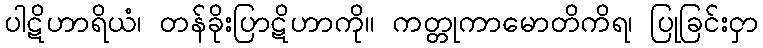
ပါဋိဟာရိယံ၊ တန်ခိုးပြာဋိဟာကို။ ကတ္တုကာမောတိကိရ၊ ပြုခြင်းငှာ